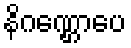
နိဂဏ္ဌောပေ